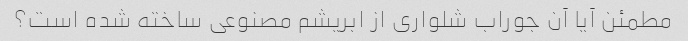
مطمئن آیا آن جوراب شلواری از ابریشم مصنوعی ساخته شده است؟